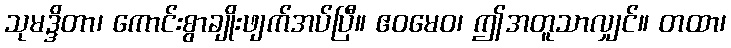
သုမဒ္ဒိတာ၊ ကောင်းစွာချိုးဖျက်အပ်ပြီ။ ဧဝမေဝ၊ ဤအတူသာလျှင်။ တထာ၊